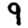
Digit: 9